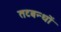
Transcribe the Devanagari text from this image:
तटबन्धों